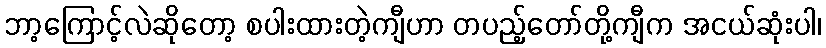
ဘာ့ကြောင့်လဲဆိုတော့ စပါးထားတဲ့ကျီဟာ တပည့်တော်တို့ကျီက အငယ်ဆုံးပါ၊